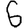
Digit: 6